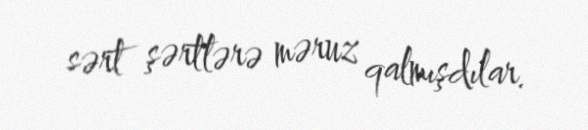
sərt şərtlərə məruz qalmışdılar.